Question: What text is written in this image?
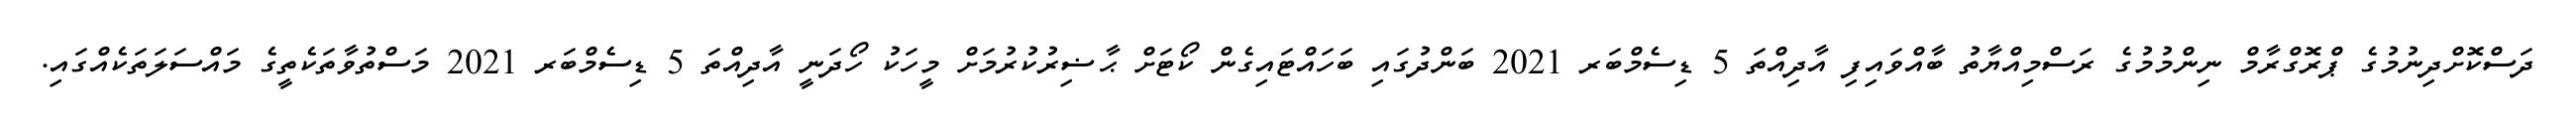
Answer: ދަސްކޮށްދިނުމުގެ ޕްރޮގްރާމް ނިންމުމުގެ ރަސްމިއްޔާތު ބާއްވައިފި އާދިއްތަ 5 ޑިސެމްބަރ 2021 ބަންދުގައި ބަހައްޓައިގެން ކޯޓަށް ޙާޟިރުކުރުމަށް މީހަކު ހޯދަނީ އާދިއްތަ 5 ޑިސެމްބަރ 2021 މަސްތުވާތަކެތީގެ މައްސަލަތަކެއްގައި.